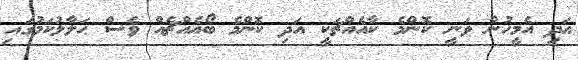
އަދި އެމީހުން ވަނީ ކޮންމެ ކާއެއްޗަކީ އަދި ކޮންމެ ބޯއެއްޗެއް ވެސް ޙަލާލުކަމުގައި